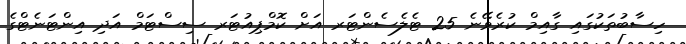
ހިސާބުތަކުގައި ގާއިމް ކުރެވޭނެ 25 ޓެލެސެންޓަރ އަށް ކޮމްޕިއުޓަރ ސިސްޓަމް އަދި އިންޓަނެޓްގެ